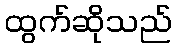
ထွက်ဆိုသည်